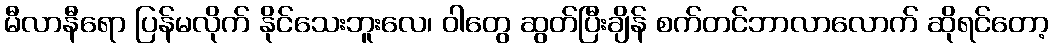
မီလာနီရော ပြန်မလိုက် နိုင်သေးဘူးလေ၊ ဝါတွေ ဆွတ်ပြီးချိန် စက်တင်ဘာလာလောက် ဆိုရင်တော့